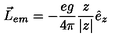
\vec { L } _ { e m } = - \frac { e g } { 4 \pi } \frac { z } { | z | } \hat { e } _ { z }